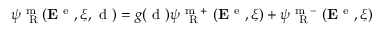
\psi _ { \mathrm { ~ \tiny ~ R ~ } } ^ { \mathrm { ~ m ~ } } ( { \bf E } ^ { \mathrm { ~ e ~ } } , \xi , \mathrm { ~ d ~ } ) = g ( \mathrm { ~ d ~ } ) \psi _ { \mathrm { ~ \tiny ~ R ~ } } ^ { \mathrm { ~ m ~ + ~ } } ( { \bf E } ^ { \mathrm { ~ e ~ } } , \xi ) + \psi _ { \mathrm { ~ \tiny ~ R ~ } } ^ { \mathrm { ~ m ~ - ~ } } ( { \bf E } ^ { \mathrm { ~ e ~ } } , \xi )